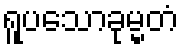
ရူပသောခုမ္မတံ